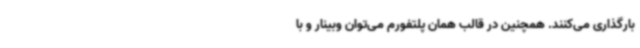
بارگذاری می‌کنند. همچنین در قالب همان پلتفورم می‌توان وبینار و با